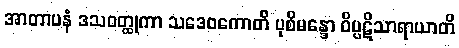
အာတာပနံ ဒသဝတ္ထုကာ သဒေဝကောတိ ပုစိမန္ဒော ဝိပ္ပဋိသာရာယာတိ